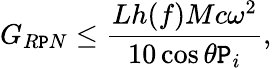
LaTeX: G_{R\mathtt{P}N}\leq\frac{{Lh(f)Mc\omega^{2}}}{{10\cos\theta\mathtt{P}_{i}}},